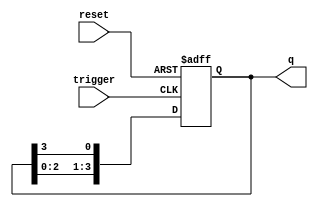
module async_ring_counter (
    input wire reset,       // Asynchronous reset signal
    input wire trigger,     // Input trigger for state transition
    output reg [N-1:0] q    // Output state of the counter
);
    
    parameter N = 4; // Number of flip-flops / bits in the counter

    // Initial state of the ring counter
    initial begin
        q = 4'b0001; // Start with the first flip-flop set
    end

    always @(posedge trigger or posedge reset) begin
        if (reset) begin
            q <= 4'b0001; // Reset to initial state
        end else begin
            // Circularly shift the '1' through the flip-flops
            q <= {q[N-2:0], q[N-1]}; // Shift left
        end
    end

endmodule